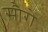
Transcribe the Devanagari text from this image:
सौरो